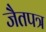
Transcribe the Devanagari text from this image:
जैतपत्र